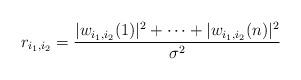
LaTeX: \begin{align*}r_{i_1,i_2} = \frac{ |w_{i_1,i_2}(1)|^2 + \dots + |w_{i_1,i_2}(n)|^2 }{\sigma^2}\end{align*}